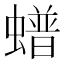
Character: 𧑹